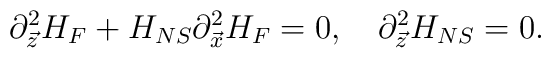
\partial^{2}_{\vec{z}}H_{F}+H_{NS}\partial^{2}_{\vec{x}}H_{F}=0, \ \ \ \partial^2_{\vec{z}}H_{NS}=0.